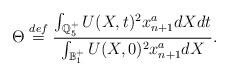
LaTeX: \begin{align*}\Theta \overset{def}{=}\frac{\int_{\mathbb Q_5^+} U(X,t)^2 x_{n+1}^adXdt }{\int_{\mathbb B_1^+} U(X,0)^2 x_{n+1}^a dX}.\end{align*}